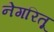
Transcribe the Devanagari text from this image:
नेगरितू